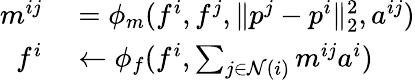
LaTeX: \begin{array}{rl}{m^{ij}}&{{}=\phi_{m}(f^{i},f^{j},\Vert p^{j}-p^{i}\Vert_{2}^{2},a^{ij})}\\ {f^{i}}&{{}\leftarrow\phi_{f}(f^{i},\sum_{j\in\mathcal{N}(i)}m^{ij}a^{i})}\end{array}